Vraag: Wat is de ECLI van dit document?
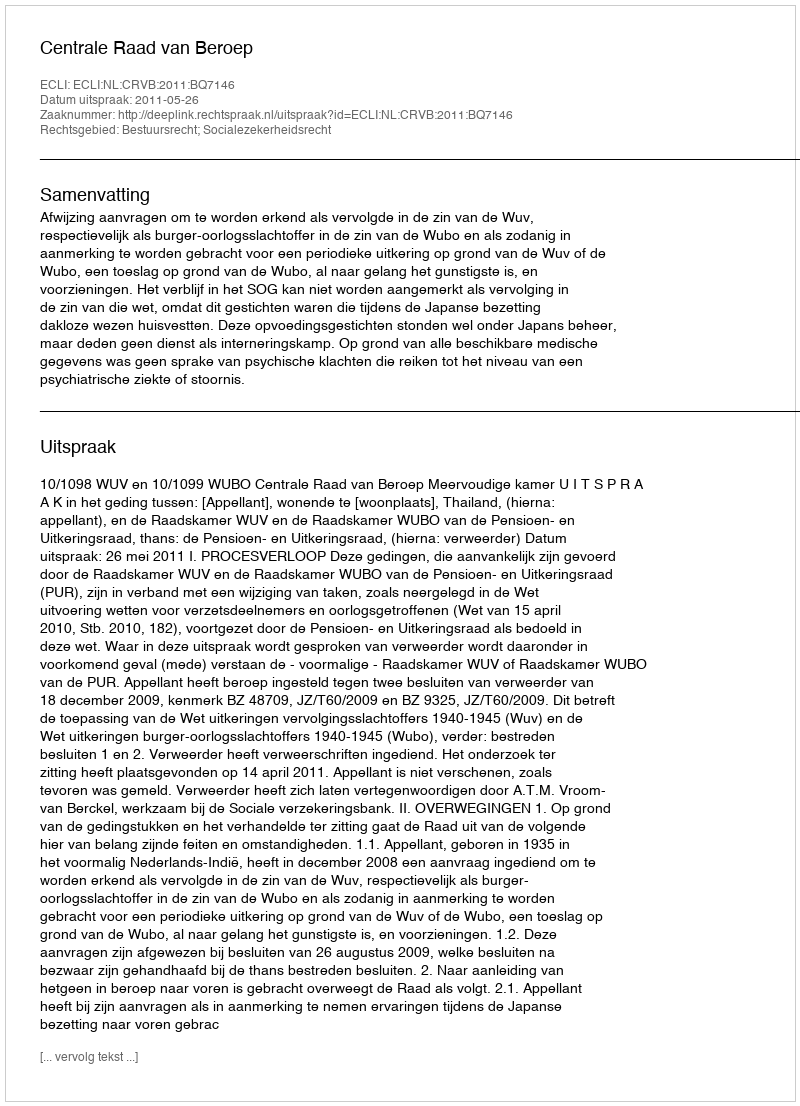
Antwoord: ECLI:NL:CRVB:2011:BQ7146